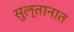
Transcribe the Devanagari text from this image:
सुल्तानात